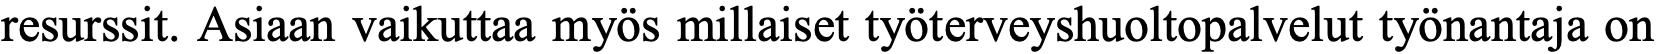
resurssit. Asiaan vaikuttaa myös millaiset työterveyshuoltopalvelut työnantaja on